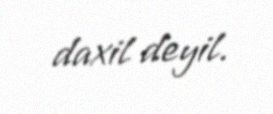
daxil deyil.